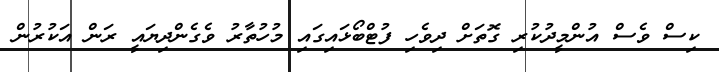
ކިސް ވެސް އުންމީދުކުރި ގޮތަށް ދިވެހި ފުޓްބޯޅައިގައި މުހުތާރު ވެގެންދިޔައީ ރަން އަކުރުން